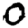
Digit: 0